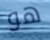
هو